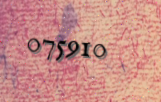
075910